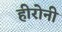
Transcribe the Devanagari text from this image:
हीरोनी